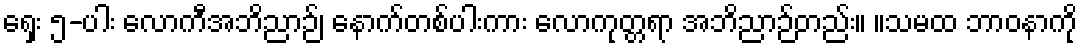
ရှေး ၅-ပါး လောကီအဘိညာဉ်၊ နောက်တစ်ပါးကား လောကုတ္တရာ အဘိညာဉ်တည်း။ ။သမထ ဘာဝနာကို